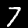
Label: 7